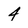
Character: 4